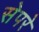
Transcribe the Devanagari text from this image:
सेपरे